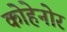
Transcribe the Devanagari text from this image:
कोहेनोर